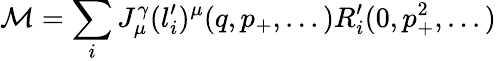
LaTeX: {\cal M}=\sum_{i}J_{\mu}^{\gamma}(l_{i}^{\prime})^{\mu}(q,p_{+},...)R_{i}^{\prime}(0,p_{+}^{2},...)